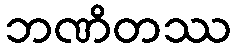
ဘဏိတဿ